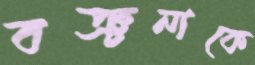
বঞ্চনাকে